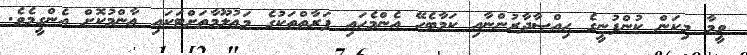
ވީމާ މިކަން ކުންފުނީގެ ޙިއްޞާދާރުންނާއި ކަމާބެހޭ އެންމެހައި ފަރާތްތަކުގެ މަޢުލޫމާތަށްޓަކައި ޢާންމުކޮށް އެންގީމެވެ.